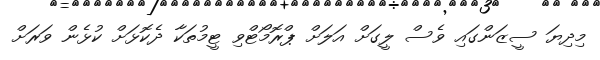
މިދިޔަ ސީޒަންގައި ވެސް ލީގަށް އަލަށް ޕްރޮމޯޓްވި ޓީމުތަކާ ދެކޮޅަށް ކުޅެން ވަރަށް